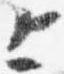
上